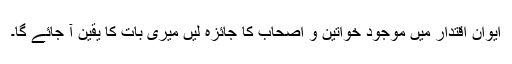
ایوان اقتدار میں موجود خواتین و اصحاب کا جائزہ لیں میری بات کا یقین آ جائے گا۔